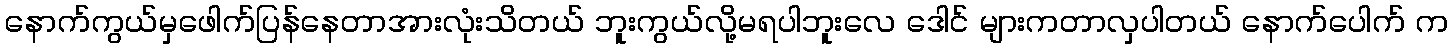
နောက်ကွယ်မှဖေါက်ပြန်နေတာအားလုံးသိတယ် ဘူးကွယ်လို့မရပါဘူးလေ ဒေါင် များကတာလှပါတယ် နောက်ပေါက် က